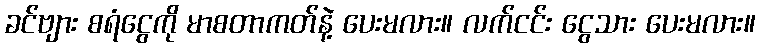
ခင်ဗျား စရံငွေကို မာစတာကတ်နဲ့ ပေးမလား။ လက်ငင်း ငွေသား ပေးမလား။